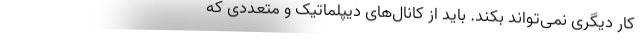
کار دیگری نمی‌تواند بکند. باید از کانال‌های دیپلماتیک و متعددی که